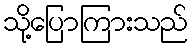
သို့ပြောကြားသည်